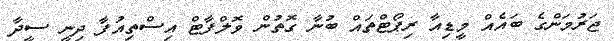
ޖަރުމަންގެ ބައެއް މީޑިއާ ރިޕޯޓްތައް ބުނާ ގޮތުން ވޮލްފާޓް އިސްތިއުފާ ދިނީ ސީދާ